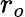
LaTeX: r_{o}